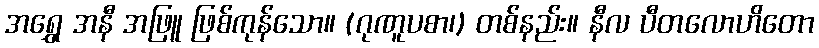
အရွှေ အနီ အဖြူ ဖြစ်ကုန်သော။ (ဂုဏူပစာ၊) တစ်နည်း။ နီလ ပီတလောဟိတော